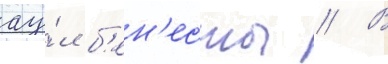
ау́л б'ен'есты // В